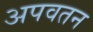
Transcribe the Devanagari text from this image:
अपवतन